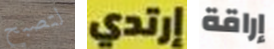
لتصبح إرتدي إراقة